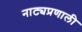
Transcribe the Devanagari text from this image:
नाट्यप्रणाली